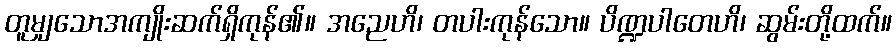
တူမျှသောအကျိုးဆက်ရှိကုန်၏။ အညေဟိ၊ တပါးကုန်သော။ ပိဏ္ဍပါတေဟိ၊ ဆွမ်းတို့ထက်။